Civil Veterinary Dept. North-West Frontier Province 1923-32 - 1923-1932
Year: 1923
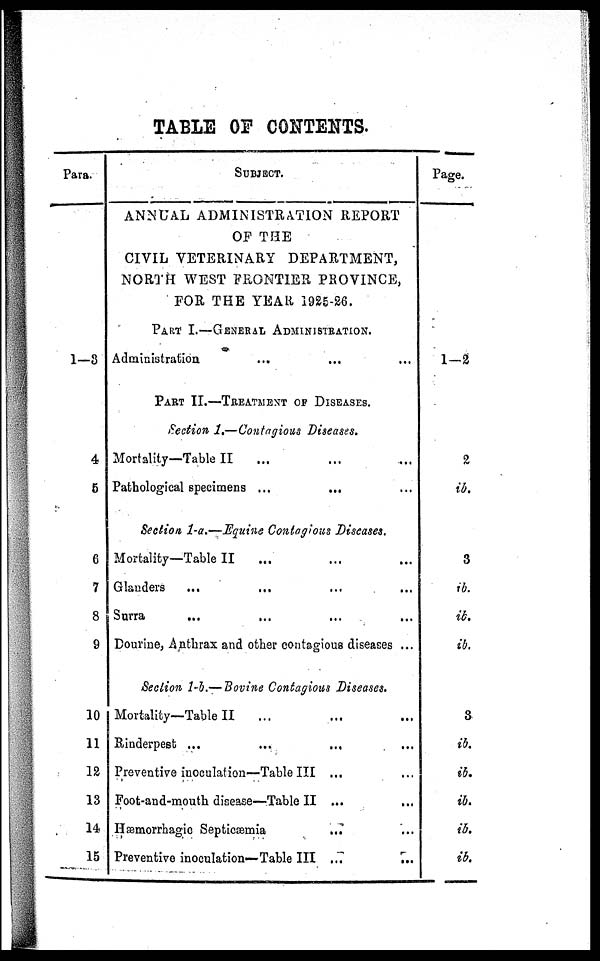
TABLE OF CONTENTS.
Para.
1-3
4
6
6
7
8
9
10
11
12
13
14
15
SUBJECT.
ANNUAL ADMINISTRATION REPORT
OF THE
CIVIL VETERINARY DEPARTMENT,
NORTH WEST FRONTIER PROVINCE,
FOR THE YEAR, 1925-26.
PART I.—GENERAL ADMINISTRATION
Administration ... ... ... ...
PART II.—TREATMENT OF DISEASES.
Section 1.—Contagious Diseases.
Mortality—Table II ... ... ... ...
Pathological specimens ...
...
Section 1-a.—Equine Contagious Diseases.
Mortality—Table II ... ... ...
Glanders ... ... ...
Surra ... ... ... ...
Dourine, Anthrax and other contagious diseases ...
Section 1-b.—Bovine Contagious Diseases.
Mortality—Table II ... ... ... ...
Rinderpest ...
...
... ...
Preventive inoculation—Table III ... ...
Foot-and-mouth disease—Table II ...
...
Hæmorrhagic Septicæmia
... ...
Preventive inoculation—Table III ...
...
Page.
1—2
2
ib.
3
ib.
ib.
ib.
3
ib.
ib.
ib.
ib.
ib.